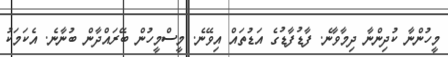
މީހުންނާ ކުދިންނާ ދިމާވާނެ. ފާޑުފާޑުގެ އަޑުތައް އިވޭނެ. މީސްމީހުން ބޭރައްދާން ބުނާނެ. އެކަމަކު